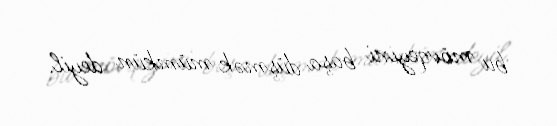
bu mövqeyini başa düşmək mümkün deyil.